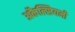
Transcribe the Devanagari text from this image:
अकैल्सियमी